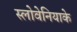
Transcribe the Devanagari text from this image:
स्लोवेनियाके